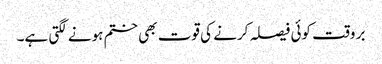
بر وقت کوئی فیصلہ کرنے کی قوت بھی ختم ہونے لگتی ہے۔